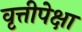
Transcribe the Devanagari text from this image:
वृत्तीपेक्षा